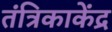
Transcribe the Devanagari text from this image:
तंत्रिकाकेंद्र